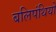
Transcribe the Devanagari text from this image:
बलिपंथियों